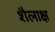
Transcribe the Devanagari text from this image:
शैलाक्ष